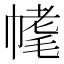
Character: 𣮳